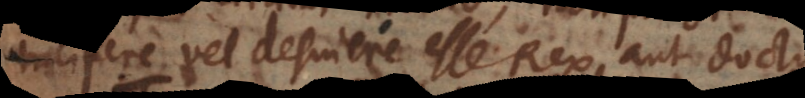
incipere vel desinere esse Rex aut doctus